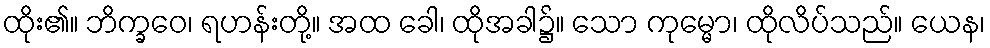
ထိုး၏။ ဘိက္ခဝေ၊ ရဟန်းတို့။ အထ ခေါ၊ ထိုအခါ၌။ သော ကုမ္မော၊ ထိုလိပ်သည်။ ယေန၊